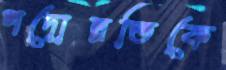
পদোন্নতিকে